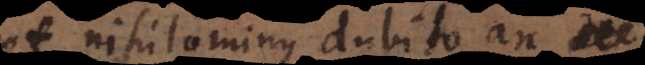
et nihilominus dubito an